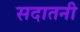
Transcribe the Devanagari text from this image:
सदातनी